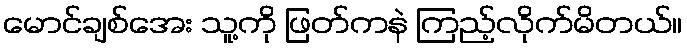
မောင်ချစ်အေး သူ့ကို ဖြတ်ကနဲ ကြည့်လိုက်မိတယ်။